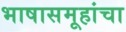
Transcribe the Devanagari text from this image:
भाषासमूहांचा